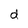
Character: d